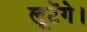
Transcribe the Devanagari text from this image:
लूटेंगे।